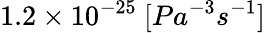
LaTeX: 1.2\times 10^{-25}\ [Pa^{-3}s^{-1}]